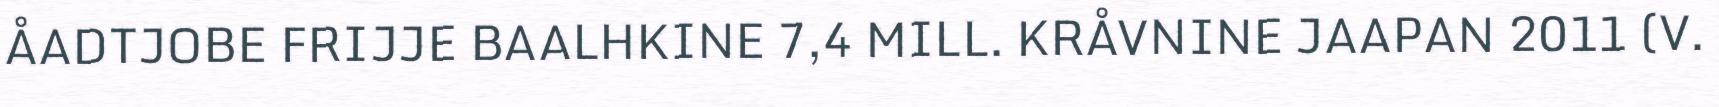
ÅADTJOBE FRIJJE BAALHKINE 7,4 MILL. KRÅVNINE JAAPAN 2011 (V.